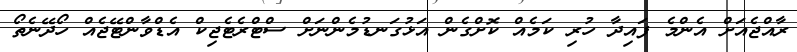
ރާއްޖެއަށް އެންމެ ފައިދާ ހުރި ކަމެއް ކޮށްގެން އަޅުގަނޑުމެންނަށް ސްޓްރެޓެޖިކް އެޑްވާންޓޭޖެއް ހޯދޭނެތޯ